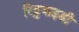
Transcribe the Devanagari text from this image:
रिड्डवाइडी